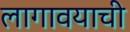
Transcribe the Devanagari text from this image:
लागावयाची